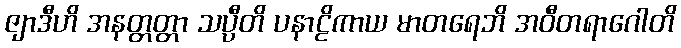
ဇျာဒီဟိ အနတ္တတ္တာ သပ္ပီတိ ပနာဠိကာယ မာတရေဘိ အဝီတရာဂေါတိ